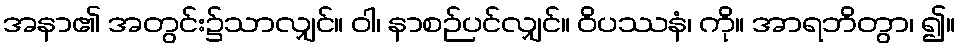
အနာ၏ အတွင်း၌သာလျှင်။ ဝါ၊ နာစဉ်ပင်လျှင်။ ဝိပဿနံ၊ ကို။ အာရဘိတွာ၊ ၍။